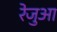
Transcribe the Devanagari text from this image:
रेजुआ